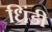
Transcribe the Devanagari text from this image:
धिंडी